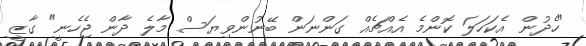
"ހެދުން އެކަހަލަ ކޮންމެ އެއްޗެއް ގަންނަން ބޭނުންވިޔަސް މާލެ ދާން ޖެހެނީ" ގާޒީ